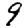
Digit: 9